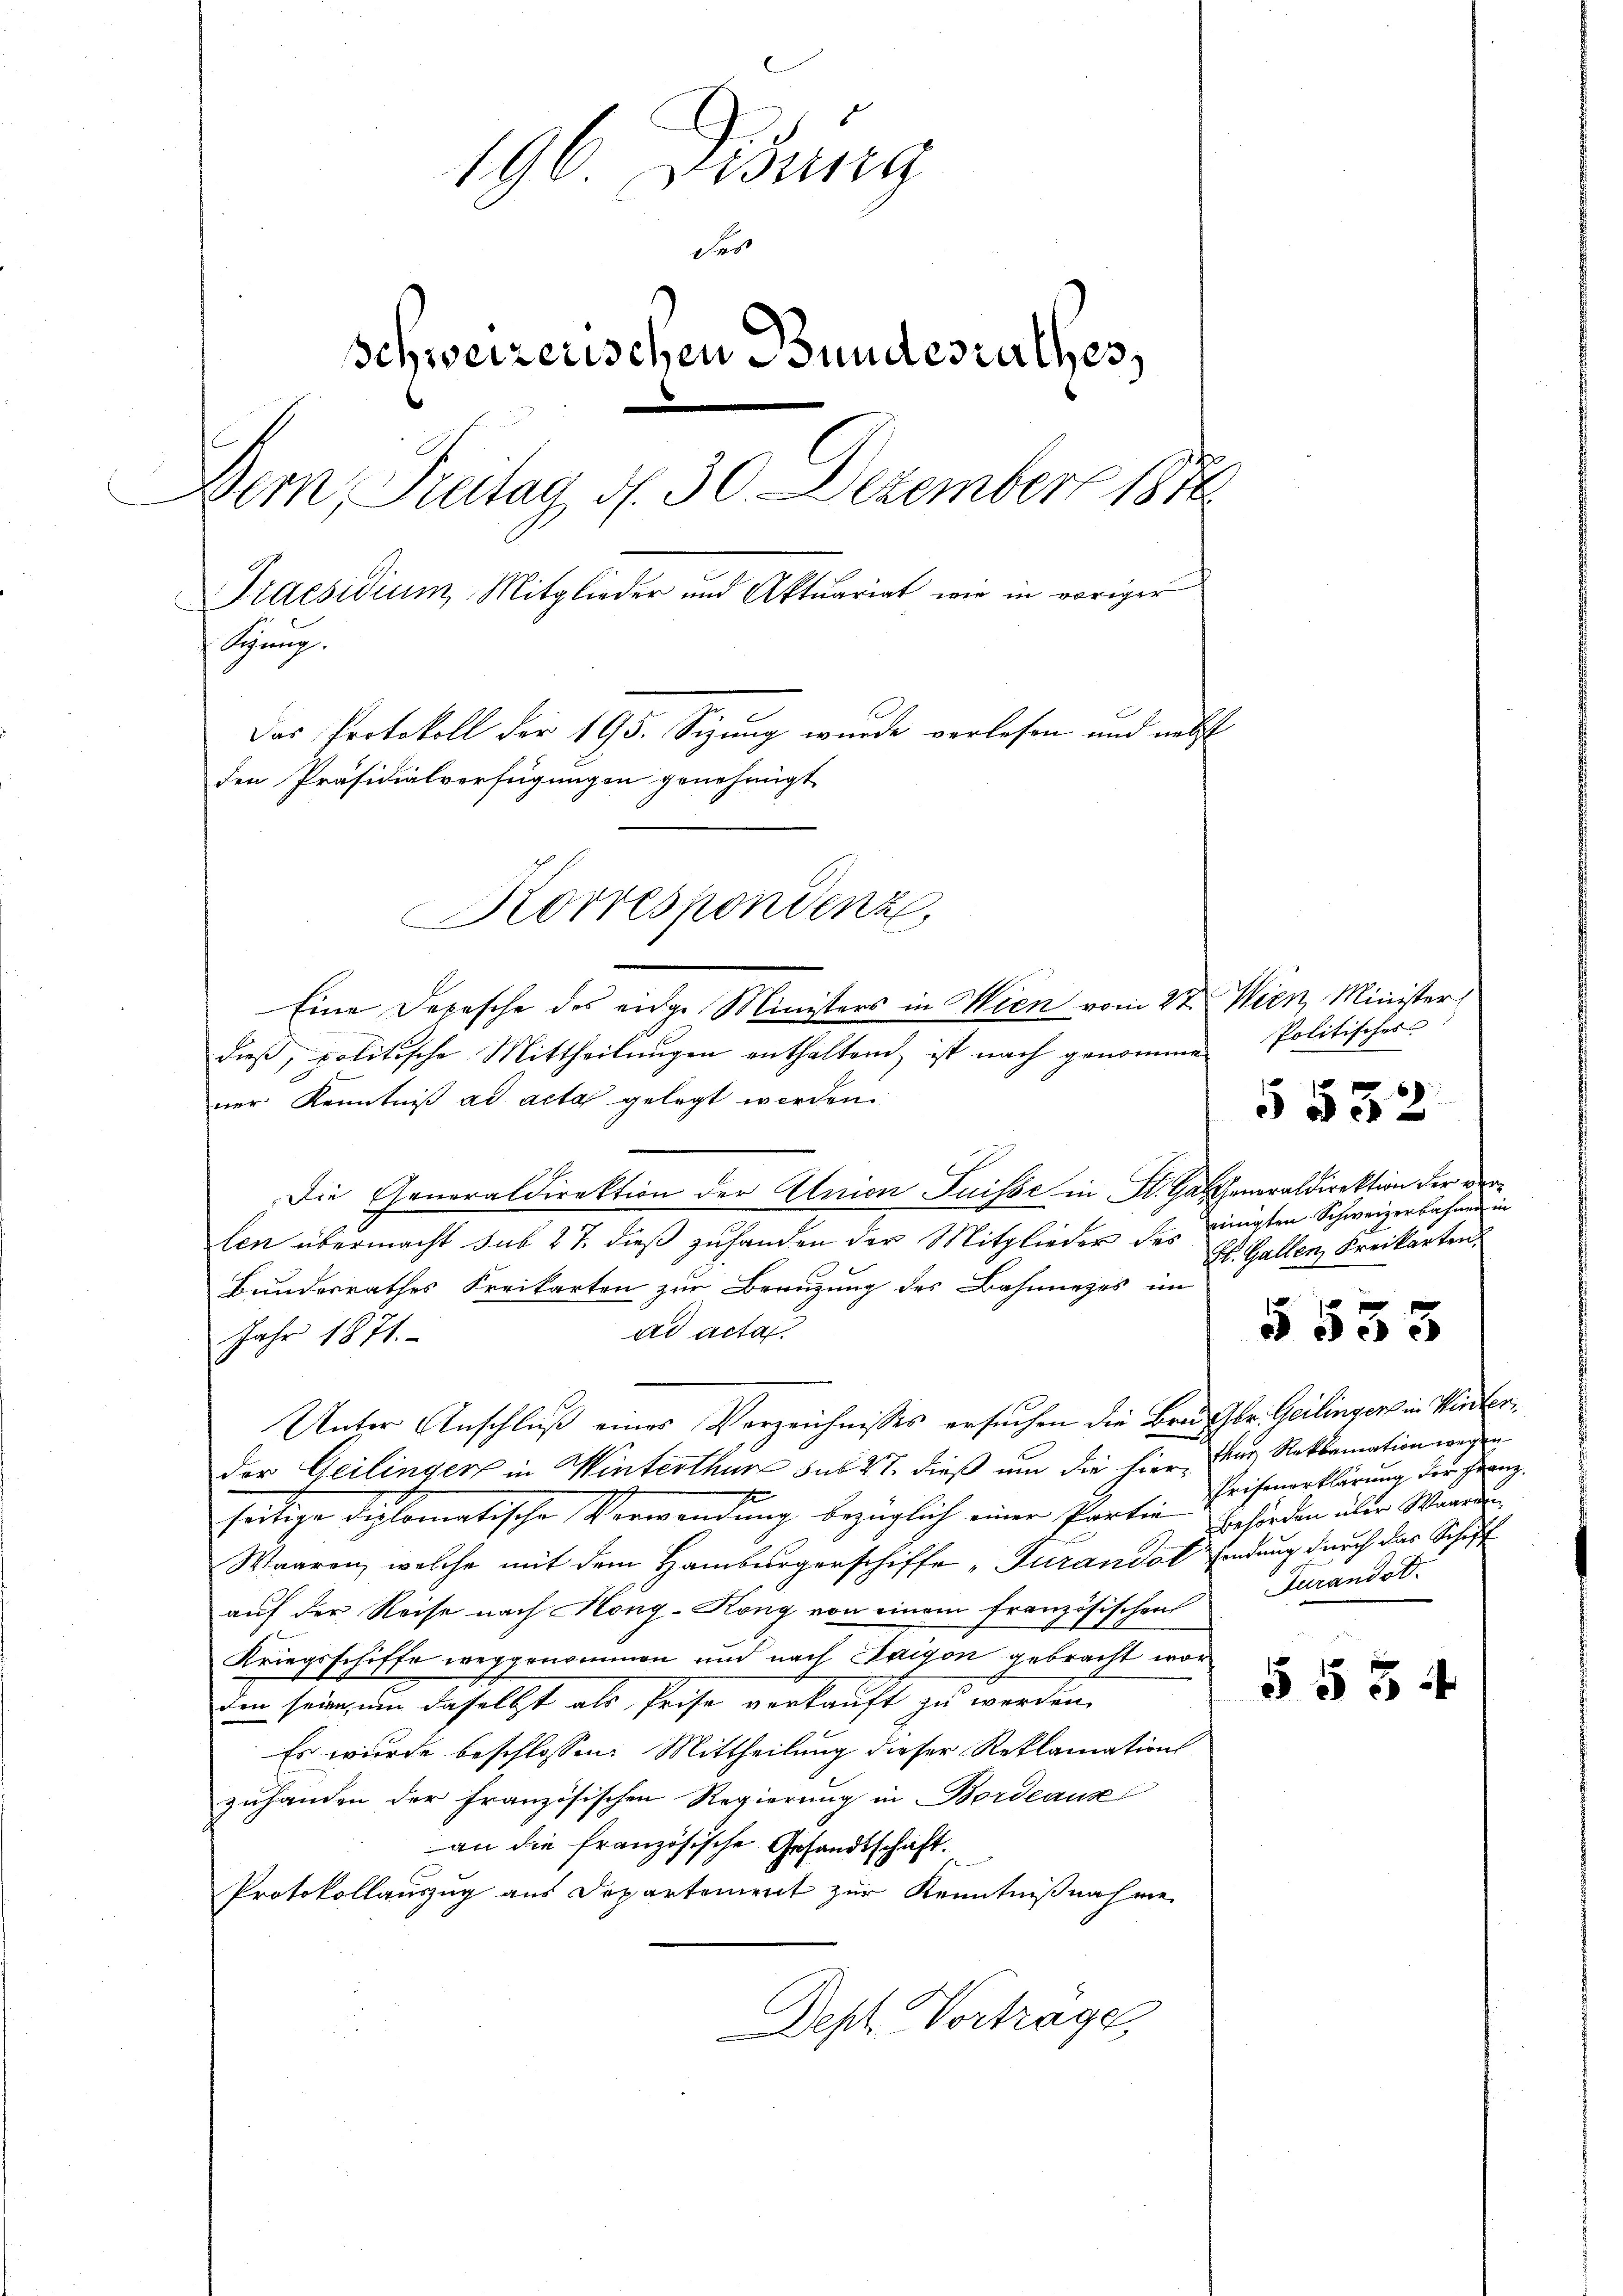
196 Disung
des
Schweizerischen Bundesrathes,
Dem Breitag d. 30. Dezember 1874.
Praesidium Mitglieder und Aktuariat wie in voriger
Schrung.
Das Protokoll der 195. Sizung wurde verlesen und nebst
den Präsidialverfügungen genehmigt
Korrespondenz,

Eine Depesche des eidge Ministers in Wien vom 27. Wien, Minister
dieß, politische Mittheilungen enthaltend, ist nach genomme
ner Kenntniß ad acta gelegt werden.
Die Generaldirektion der Union Suisse in K. Gastheneraldirektion der verlen übermacht sub 27. dieß zuhanden der Mitglieder des
Bundesrathes Kreikarten zur Branzung des Bahnnezes im
ad acta
Jahr 1871.
Unter Anschluß eines Verzeichnisses ersuchen die Brustbr. Geilinger in Winterder Geilinger in Winterthur sub 27. dieß um die hier, das Reklamation wegen
seitige Diplomatische Verwendung bezüglich einer Partin Behörden über Werden
Waaren, welche mit dem Hamburgerschiffe „Turandat sendung durch das Schiff
auf der Reise nach Hong-Köng von einem französischen
Kriegsschiffe weggenommen und nach Laigon gebracht wor
Die sein, um daselbst als Reise vorkauft zu werden.
Es wurde beschlossen: Mittheilung dieser Reklamations
zuhanden der französischen Regierung in Bordeaus
an die französische Gesandtschaft.
Protokollauszug aus Departement zur Kenntnißnahme
Dept Vortrage,

Politisches
einigten Schweizerbahnen in
El. Gallen, Freikarten,

§ 532

§533

Prifenerklärung der Franz
Turandat.

§ 554